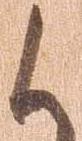
候